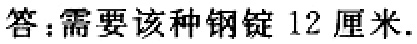
答：需要该种钢锭 12 厘米.